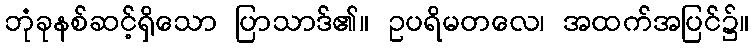
ဘုံခုနစ်ဆင့်ရှိသော ပြာသာဒ်၏။ ဥပရိမတလေ၊ အထက်အပြင်၌။